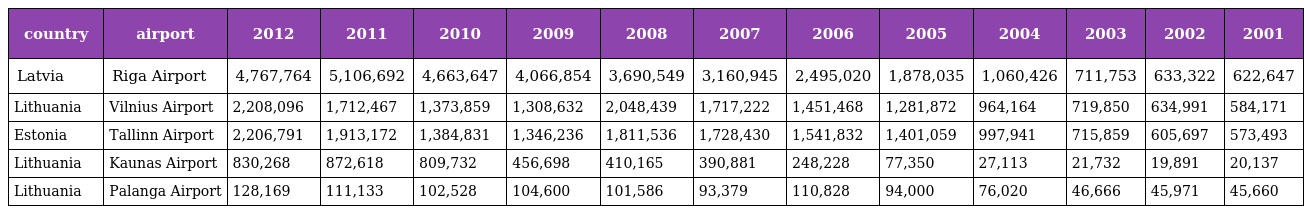
| country | airport | 2012 | 2011 | 2010 | 2009 | 2008 | 2007 | 2006 | 2005 | 2004 | 2003 | 2002 | 2001 |
 | --- | --- | --- | --- | --- | --- | --- | --- | --- | --- | --- | --- | --- | --- |
 | Latvia | Riga Airport | 4,767,764 | 5,106,692 | 4,663,647 | 4,066,854 | 3,690,549 | 3,160,945 | 2,495,020 | 1,878,035 | 1,060,426 | 711,753 | 633,322 | 622,647 |
 | Lithuania | Vilnius Airport | 2,208,096 | 1,712,467 | 1,373,859 | 1,308,632 | 2,048,439 | 1,717,222 | 1,451,468 | 1,281,872 | 964,164 | 719,850 | 634,991 | 584,171 |
 | Estonia | Tallinn Airport | 2,206,791 | 1,913,172 | 1,384,831 | 1,346,236 | 1,811,536 | 1,728,430 | 1,541,832 | 1,401,059 | 997,941 | 715,859 | 605,697 | 573,493 |
 | Lithuania | Kaunas Airport | 830,268 | 872,618 | 809,732 | 456,698 | 410,165 | 390,881 | 248,228 | 77,350 | 27,113 | 21,732 | 19,891 | 20,137 |
 | Lithuania | Palanga Airport | 128,169 | 111,133 | 102,528 | 104,600 | 101,586 | 93,379 | 110,828 | 94,000 | 76,020 | 46,666 | 45,971 | 45,660 |